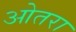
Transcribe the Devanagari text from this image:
ओतरा